Punjab Mental Hospital Lahore 1922-31 - 1922-1931
Year: 1922
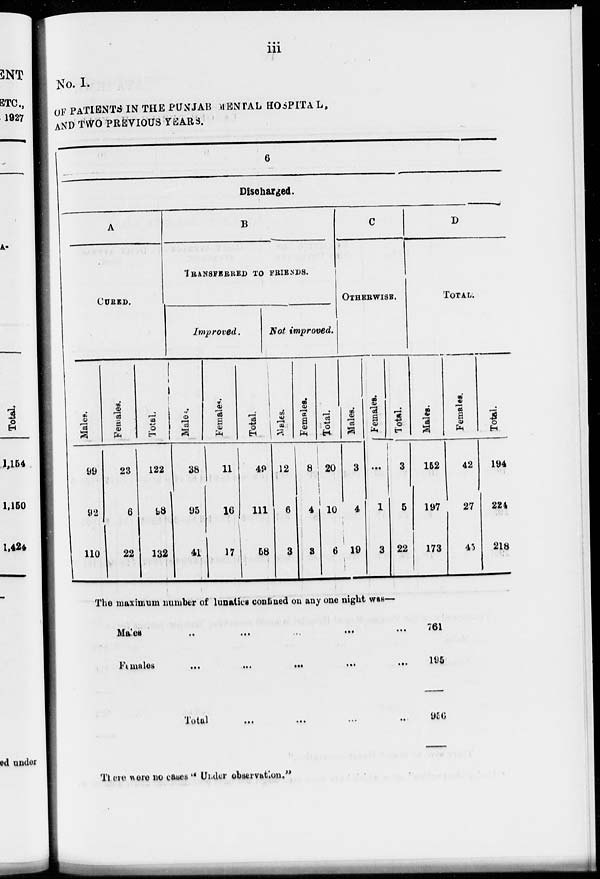
iii
No. I.
OF PATIENTS IN THE PUNJAB MENTAL HOSPITAL,
AND TWO PREVIOUS YEARS.
6
Discharged.
A
CURED.
Males.
99
92
110
Females.
23
6
22
Total.
122
98
132
B
TRANSFERRED TO FRIENDS.
Improved.
Males.
38
95
41
Females.
11
16
17
Total.
49
111
58
Not improved.
Males.
12
6
3
Females.
8
4
3
Total.
20
10
6
C
OTHERWISE.
Males.
3
4
19
Females.
...
1
3
Total.
3
5
22
D
TOTAL.
Males.
152
197
173
Females.
42
27
45
Total.
194
224
218
The maximum number of lunatics confined on any one night was—
Males ... ... ... ... ...
Females
...
...
...
...
...
Total
...
...
...
...
761
195
956
There were no cases " Under observation."